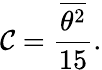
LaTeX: \mathcal{C}={\frac{{\overline{{{{\theta^{2}}}}}}}{{15}}}.